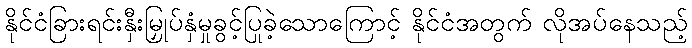
နိုင်ငံခြားရင်းနှီးမြှုပ်နှံမှုခွင့်ပြုခဲ့သောကြောင့် နိုင်ငံအတွက် လိုအပ်နေသည့်